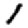
Digit: 1